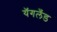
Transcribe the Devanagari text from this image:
यॅगलँड